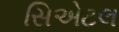
સિએટલ